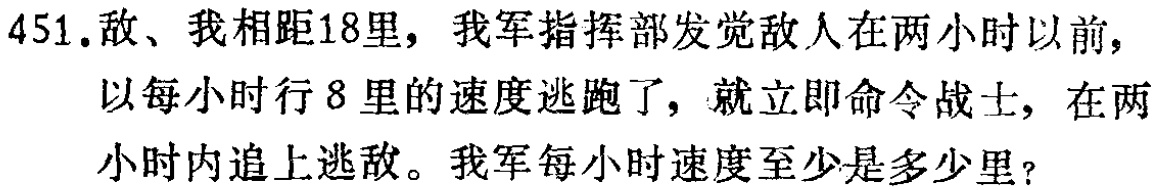
451.敌、我相距18里，我军指挥部发觉敌人在两小时以前，以每小时行8里的速度逃跑了，就立即命令战士，在两小时内追上逃敌。我军每小时速度至少是多少里？